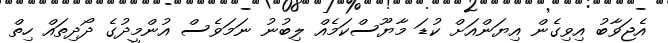
އެޖަވާބު އިވިގެން އިޔަންއަށް ކުޑަ މާޔޫސްކަމެއް ލިބުނު ނަމަވެސް އުންމީދުގެ ދޯދިތައް ހިތް